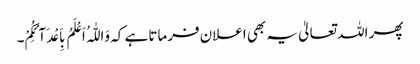
پھر اللہ تعالیٰ یہ بھی اعلان فرماتا ہے کہ وَاللّٰہُ اَعْلَمُ بِاَعْدَآئِکُمْ۔